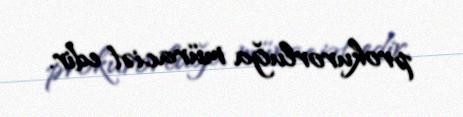
prokurorluğa müraciət edir.